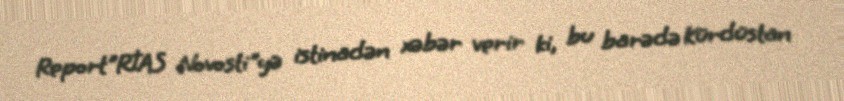
Report"RİAS Novosti"yə istinadən xəbər verir ki, bu barədə Kürdüstan